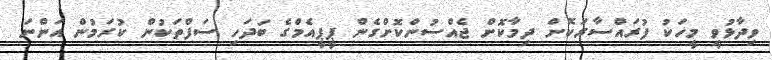
ވިދާޅުވީ މީހަކު ފުރައްސާރަކޮށް ދިމާކޮށް ޖެއްސުންކޮށްގެން ޕީޕީއެމްގެ ބަދަހި ސަފްތަކުން ކުރަމުން އަންނަ